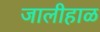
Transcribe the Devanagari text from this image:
जालीहाळ